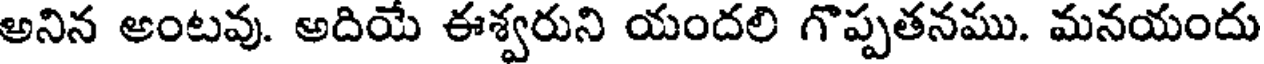
అనిన అంటవు. అదియే ఈశ్వరుని యందలి గొప్పతనము. మనయందు